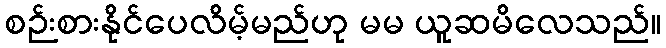
စဉ်းစားနိုင်ပေလိမ့်မည်ဟု မမ ယူဆမိလေသည်။